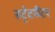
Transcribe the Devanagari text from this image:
स्ट्रेटमैटर